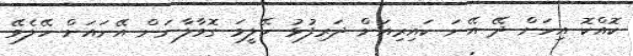
ކޮއްކޮ އިހަށް ދޭ އޭނަ ކައިރިއަށް ދަރިފުޅު ހޭލީމަ ގޮވާލާނަން އޭނައަށް ހޭލެވޭ